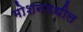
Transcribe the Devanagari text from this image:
मोशनमधील